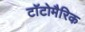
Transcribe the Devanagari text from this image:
टॉटोमैरिक